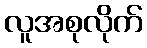
လူအစုလိုက်